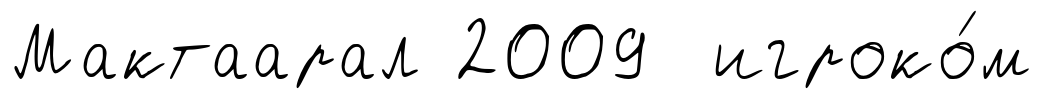
Мактаарал 2009 игроко́м